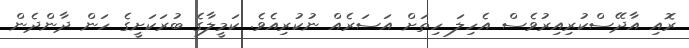
ރޮއި އާދޭސްކުރިއިރުވެސް އެހިލަ ހިތަށް އަސަރެއް ނުކުރިއެވެ. ކަމީލާގެ ބުރަކަށީގެ ހަން ދާންދެން